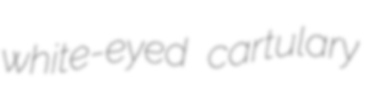
white-eyed cartulary